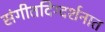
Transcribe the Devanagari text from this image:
संगीतदिग्दर्शनात